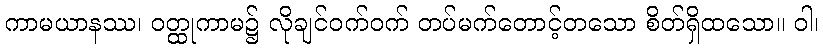
ကာမယာနဿ၊ ဝတ္ထုကာမ၌ လိုချင်ဝက်ဝက် တပ်မက်တောင့်တသော စိတ်ရှိထသော။ ဝါ၊